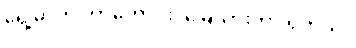
ရှေ့မှာက တာဟောင်း၊ မြေသားတာ ရှိတယ်။